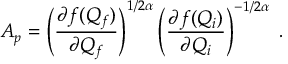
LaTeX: A _ { p } = \left( \frac { \partial f ( Q _ { f } ) } { \partial Q _ { f } } \right) ^ { 1 / 2 \alpha } \left( \frac { \partial f ( Q _ { i } ) } { \partial Q _ { i } } \right) ^ { - 1 / 2 \alpha } \; .